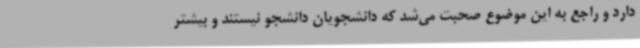
دارد و راجع به این موضوع صحبت می‌شد که دانشجویان دانشجو نیستند و بیشتر